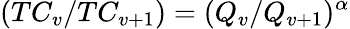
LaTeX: (TC_{v}/TC_{v+1})=(Q_{v}/Q_{v+1})^{\alpha}